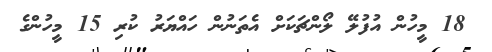
18 މީހުން އުފުލޭ ލޯންޗަކަށް އެތަނުން ހައްޔަރު ކުރި 15 މީހުންގެ